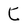
Character: C